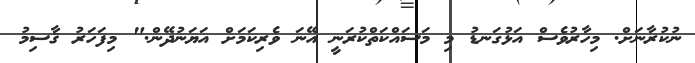
ނުކުރާނަށް. މިހާރުވެސް އަޅުގަނޑު މި މަސައްކަތްކުރަނީ އޭނަ ވެރިކަމަށް އަޔަނުދޭން." މިފަހަރު ޤާސިމު